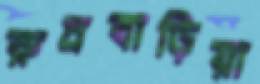
রুদ্রবাড়িয়া